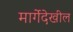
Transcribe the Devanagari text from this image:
मार्गेदेखील